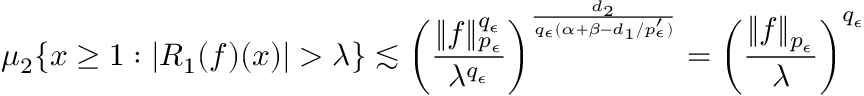
\mu _ { 2 } \{ x \ge 1 : | R _ { 1 } ( f ) ( x ) | > \lambda \} \lesssim \left( \frac { \| f \| _ { p _ { \epsilon } } ^ { q _ { \epsilon } } } { \lambda ^ { q _ { \epsilon } } } \right) ^ { \frac { d _ { 2 } } { q _ { \epsilon } ( \alpha + \beta - d _ { 1 } / { p _ { \epsilon } ^ { \prime } } ) } } = \left( \frac { \| f \| _ { p _ { \epsilon } } } { \lambda } \right) ^ { q _ { \epsilon } }